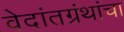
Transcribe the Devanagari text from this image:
वेदांतग्रंथांचा